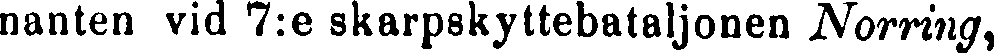
nanten vid 7:6 skarpskyttebataljonen Norring,